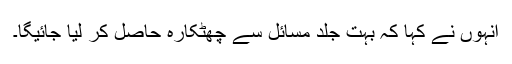
انہوں نے کہا کہ بہت جلد مسائل سے چھٹکارہ حاصل کر لیا جائیگا۔